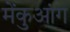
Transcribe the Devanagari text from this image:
मेंकुआंग